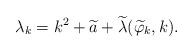
LaTeX: \begin{align*}\lambda_k=k^2+\widetilde a+\widetilde\lambda(\widetilde \varphi_k,k).\end{align*}